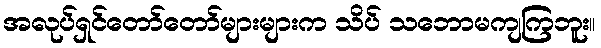
အလုပ်ရှင်တော်တော်များများက သိပ် သဘောမကျကြဘူး။